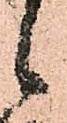
候